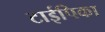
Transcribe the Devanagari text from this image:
टाईपिका